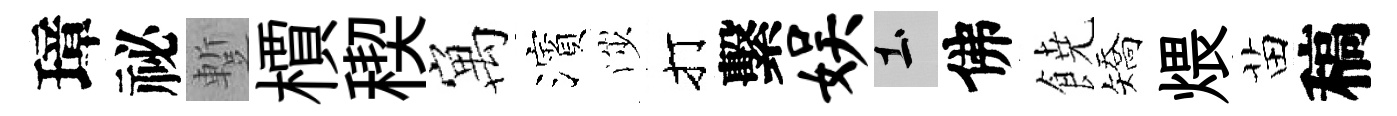
璋祕蹔檟稧寓濱渉打繫娱土佛𩜙矯煨苗稿